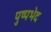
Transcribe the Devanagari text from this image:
पुष्पभेद